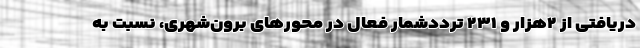
دریافتی از ۲هزار و ۲۳۱ ترددشمار فعال در محورهای برون‌شهری، نسبت به